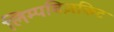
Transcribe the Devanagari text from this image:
लिम्पबिज़किट